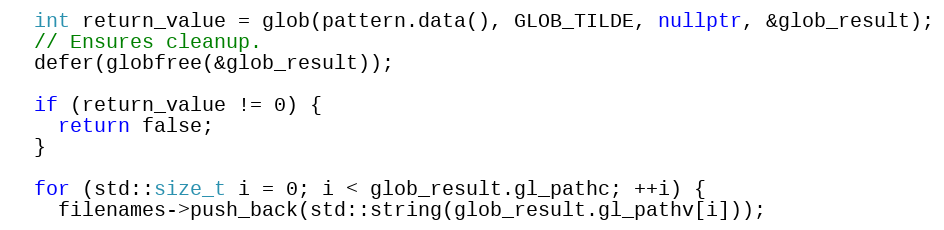
Language: C++
  int return_value = glob(pattern.data(), GLOB_TILDE, nullptr, &glob_result);
  // Ensures cleanup.
  defer(globfree(&glob_result));

  if (return_value != 0) {
    return false;
  }

  for (std::size_t i = 0; i < glob_result.gl_pathc; ++i) {
    filenames->push_back(std::string(glob_result.gl_pathv[i]));